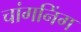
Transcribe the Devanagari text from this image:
चांगनिंग